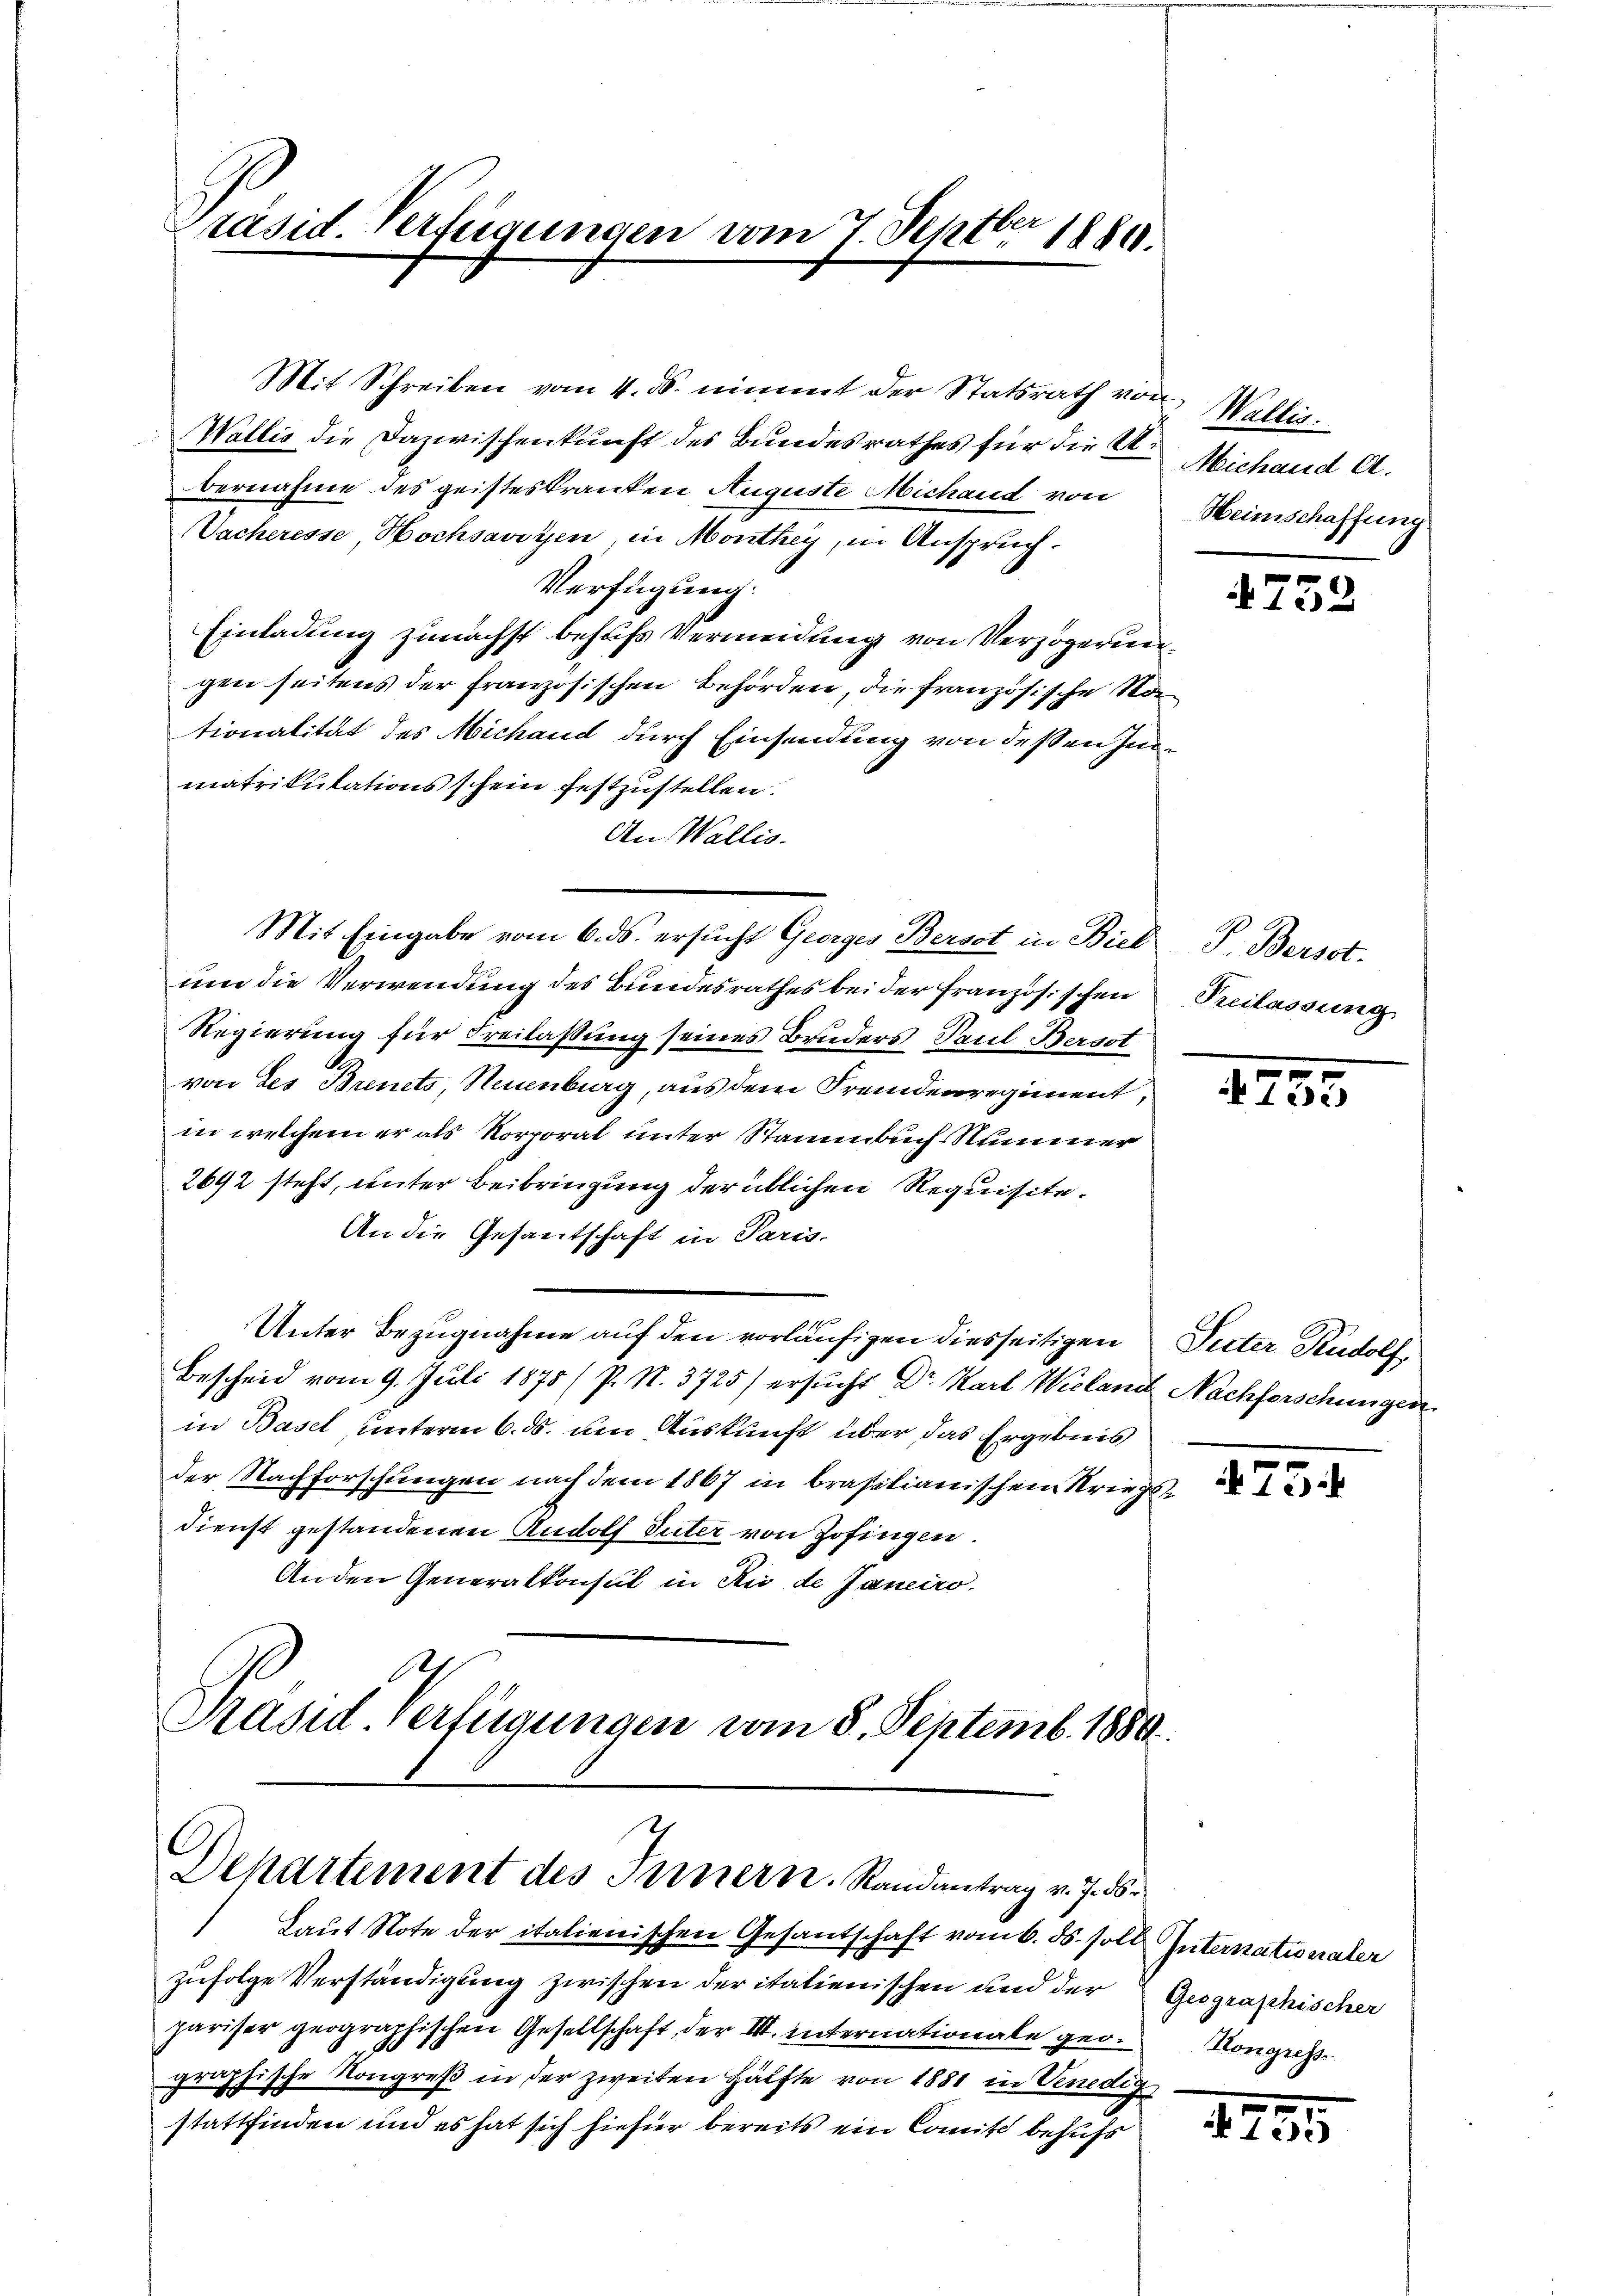
Mit Schreiben vom 4. ds. nimmt der Statsrath von Wallis.
Wallis die Dazwischenkunft des Bundesrathes für die U
bernahme des geisteskranken Auguste Michand von
Vacheresse Hochsavoyen, in Monthey, in Anspruch.
Verfügung:
Einladung zunächst behufs Vermeidung von Verzögerungen seitens der französischen Behörden, die französische Vortionalität des Michand durch Einsendung von dessen Inmatrikulationsschein festzustellen.
An Wallis.
Mit Eingabe vom 6. ds. ersucht Georges Berst in Biel
um die Verwendung des Bundesrathes bei der Französischen
Regierung für Freilassung seines Bruders Paul Berst
von des Brents, Neuenburg, aus dem Fremdenregiment,
in welchem er als Korporat unter Stammbuch-Nummer
2692 steht, unter Beibringung der üblichen Requisite.
An die Gesantschaft in Paris.
Unter Bezugnahme auf den vorläufigen diesseitigen Peter Rudolf,
Bescheid vom 9. Juli 1875 (P. N. 3725) ersucht Dr. Karl Wieland Nachforschungen
in Basel unterm 6. ds. um Auskunft über das Ergebnis
der Nachforschungen nach dem 1867 in brasilianischem Kriegsdienst gestandenen Rudolf Suter von Zofingen.
Anden Generalkonsul in Rio de Janeiro
Präsid. Verfügungen vom 8. Septemb. 1889.

räsid. Verfügungen vom 7. Septbr 1886.

Departement des Ternern. Randantrag v. J. 1

Laut Note der italienischen Gesandschaft vom 6. ds. soll Internationaler
zufolge Verständigung zwischen der italienischen und der
pariser geographischen Gesellschaft der III. internationale geo-Nonges
graphische Kongreß in der zweiten Hälfte von 1881 in Venedig
stattfinden und es hat sich hiefier bereits ein Comit behufs

Michand A.
Heimschaffung

752

P. Bersot.
Peilassung

1755

754

Gesgraphischer

1255